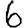
Digit: 6